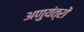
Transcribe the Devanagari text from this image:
अणुयंत्रों